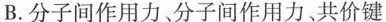
B.分子间作用力、分子间作用力、共价键